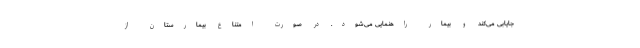
جایابی می‌کند و بیمار راهنمایی می‌شود. در صورت امتناع بیمارستان از